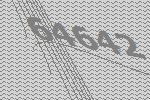
64642